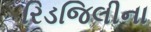
રિડજિલીના